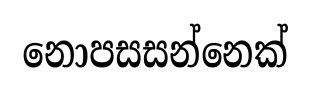
නොපසසන්නෙක්